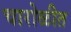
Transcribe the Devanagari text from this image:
चारोळीत